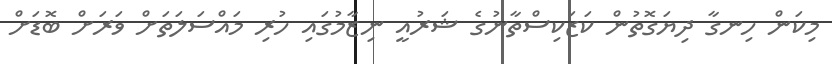
މިކަން ހިނގާ ދިޔަގޮތުން ކަޒަކިސްތާނުގެ ޝަރުއީ ނިޒާމުގައި ހުރި މައްސަލަތަށް ވަރަށް ބޮޑަށް